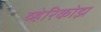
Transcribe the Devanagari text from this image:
व्हेरिकोझ